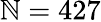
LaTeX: \mathbb{N}=427